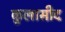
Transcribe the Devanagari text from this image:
कुलासीद